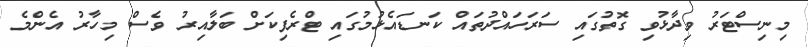
މިނިސްޓަރު ވިދާޅުވި ގޮތުގައި ސަރަހައްދުތައް ކަނޑައެޅުމުގައި ޓްރެފިކަށް ބަލާއިރު ވެސް މިހާރު އެންމެ